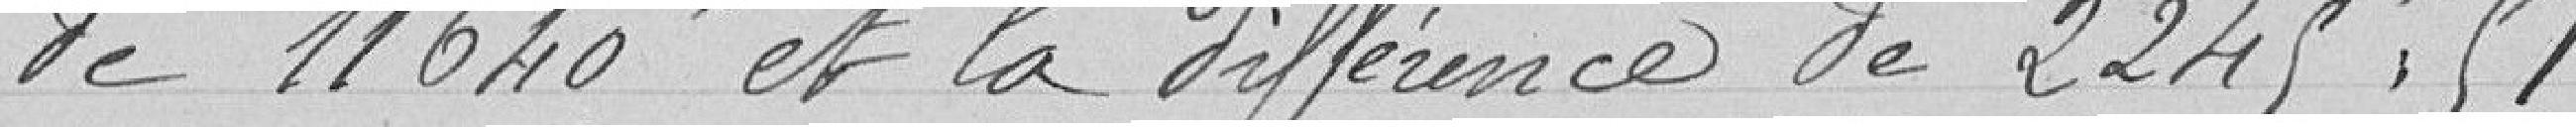
de 11 640 francs et la différence de 2 245,51 francs.